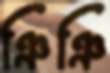
ঞিঞি